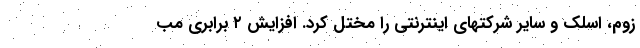
زوم، اسلک و سایر شرکتهای اینترنتی را مختل کرد. افزایش ۲ برابری مب